Lunatic asylums Burma 1922-24 - 1922-1924
Year: 1922
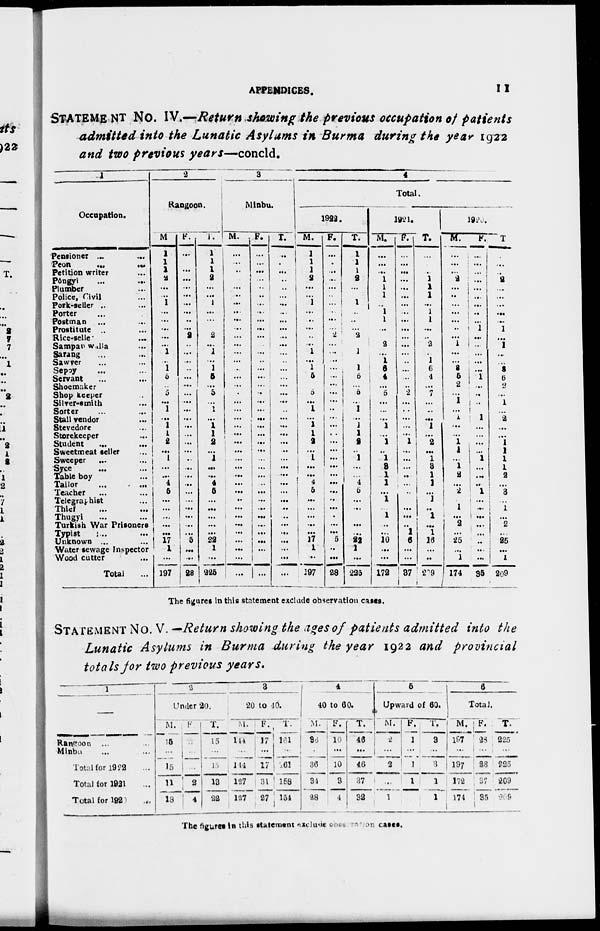
APPENDICES.
11
STATEMENT No. IV.—Return showing the previous occupation of patients
admitted into the Lunatic Asylums in Burma during the year 1922
and two previous years—concld.
1
Occupation.
Pensioner ... ...
Peon
...
...
Petition writer ...
Pôngyi ... ...
Plumber ...
Police, Civil ...
Pork-teller .. ...
Porter ... ...
Postman ... ...
Prostitute ... ...
Rice-seller ... ...
Sampanwalla ...
Sarang ... ...
Sawyer ... ...
Sepoy ... ...
Servant ... ...
Shoemaker ...
Shop keeper ...
Silver-smith ...
Sorter ... ...
Stall vendor ...
Stevedore ...
Storekeeper ...
Student ...
Sweetmeat seller ... ...
Sweeper ... ...
Syce ... ...
Table boy ...
Tailor ...
Teacher
... ...
Telegraphist ...
Thief ... ...
Thugyi... ...
Turkish War Prisoners
Typist ... ...
Unknown ... ...
Water sewage Inspector
Wood cutter ...
Total ...
2
Rangoon.
M
1
1
1
2
...
...
1
...
...
...
...
...
1
...
1
5
...
5
...
1
...
1
1
2
...
4
...
...
4
5
...
...
...
...
...
17 1
...
197
F.
...
...
...
...
...
...
...
...
..
...
2
...
...
..
...
...
...
...
...
...
...
...
...
...
...
..
...
...
...
...
...
...
...
...
...
5
...
...
28
T.
1
1
1
2
...
...
1
...
...
...
2
...
1
..
1
5
...
5
...
1
...
1
1
2
...
4
...
...
4
5
...
...
...
...
...
22
1
...
225
3
Minbu.
M.
...
...
...
...
...
...
...
...
...
...
...
...
...
...
...
...
... ...
...
...
...
...
...
...
...
...
...
...
...
...
..
...
...
...
...
...
...
...
...
F.
...
...
...
...
...
...
...
...
...
...
...
...
...
...
...
...
...
..
...
...
...
...
...
...
...
...
...
...
...
...
...
...
...
...
...
...
...
...
...
T.
..
...
...
...
...
...
...
...
...
...
...
...
...
...
...
...
...
...
...
...
...
...
...
...
...
...
...
...
...
...
...
..
..
...
...
...
...
...
...
4
Total.
1922.
M.
1
1
1
2
...
...
1
...
...
...
...
...
1
...
1
5
...
5
...
1
...
1
1
2
...
1
...
...
4
5
...
...
...
...
...
17
1
..
197
F.
...
...
...
...
...
...
...
...
...
...
2
...
...
..
...
...
...
...
...
...
...
...
...
...
...
...
...
...
...
...
...
...
...
...
...
5
..
...
28
T.
1
1
1
2
...
...
1
...
...
...
2
...
1
...
1
5
...
5
..
1
...
1
1
2
...
1
...
...
4
5
...
...
...
...
...
22
1
...
225
1921.
M.
...
...
...
1
1
1
..
1
1
..
...
2
...
1
6
4
...
5
...
...
...
1
...
1
..
1
3
1
1
...
1
...
1
..
...
10
...
...
172
F. ...
...
...
...
...
....
...
...
...
...
...
...
...
..
...
..
..
2
...
...
...
...
...
1
...
...
...
..
...
..
...
...
...
..
1
6
...
...
37
T.
...
...
...
1
1
1
...
1
1
...
..
2
...
1
6
4
...
7
...
..
...
1
...
2
...
1
3 1
1
...
1
..
1
...
1
16
...
..
209
1920.
M.
...
...
...
2
...
...
...
...
...
...
...
1
...
...
3
5
2
...
1
...
1
...
...
1
1
...
1
2
...
2
...
1
...
2
...
25
...
1
174
F.
...
... ...
...
...
...
...
..
...
1
...
...
...
...
...
1
...
..
...
...
1
...
...
...
...
1
...
...
..
1
...
...
...
...
...
..
...
...
35
T.
...
...
..
2
...
...
...
...
...
1
...
1
...
..
3
6
2
...
1
...
2
...
...
1
1
1
1
2
...
3
...
1
...
2
..
25
...
1
209
The figures in this statement exclude observation cases.
STATEMENT No. V. —Return showing the ages of patients admitted into the
Lunatic Asylums in Burma during the year 1922 and provincial
totals for two previous years.
1
Rangoon ... ...
Minbu ... ...
Total for 1922 ...
Total for 1921 ...
Total for 1920 ...
2
Under 20.
M.
15
...
15
11
13
F.
...
...
...
2
4
T.
15
...
15
13
22
3
20 to 10.
M.
144
...
144
127
127
F.
17
...
17
31
27
T.
161
...
161
158
154
4
40 to 60
M.
36
...
36
34
28
F.
10
...
10
3
4
T.
46
...
46
37
32
6
Upward of 60.
M.
2
...
2
..
1
F.
1
...
1
1
...
T.
3
...
3
1
1
6
Total.
M.
197
...
197
172
174
F.
28
...
28
37
35
T.
225
...
225
269
209
The figures in this statement includec excl ude cases on cases.